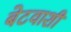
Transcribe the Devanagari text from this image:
बेटवाशी